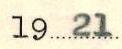
1921